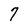
Character: 7